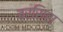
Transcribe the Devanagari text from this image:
बरसिहा